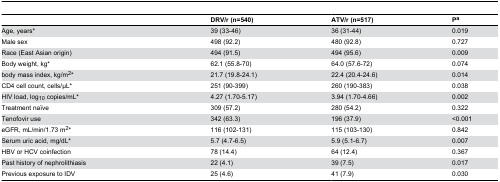
<table><thead><tr><td></td><td><b>DRV/r (n=540)</b></td><td><b>ATV/r (n=517)</b></td><td><b>P<sup>a</sup></b></td></tr></thead><tbody><tr><td>Age, years*</td><td>39 (33-46)</td><td>36 (31-44)</td><td>0.019</td></tr><tr><td>Male sex</td><td>498 (92.2)</td><td>480 (92.8)</td><td>0.727</td></tr><tr><td>Race (East Asian origin)</td><td>494 (91.5)</td><td>494 (95.6)</td><td>0.009</td></tr><tr><td>Body weight, kg*</td><td>62.1 (55.8-70)</td><td>64.0 (57.6-72)</td><td>0.074</td></tr><tr><td>body mass index, kg/m<sup>2</sup>*</td><td>21.7 (19.8-24.1)</td><td>22.4 (20.4-24.6)</td><td>0.014</td></tr><tr><td>CD4 cell count, cells/μL*</td><td>251 (90-399)</td><td>260 (190-383)</td><td>0.038</td></tr><tr><td>HIV load, log<sub>10</sub> copies/mL*</td><td>4.27 (1.70-5.17)</td><td>3.94 (1.70-4.66)</td><td>0.002</td></tr><tr><td>Treatment naïve</td><td>309 (57.2)</td><td>280 (54.2)</td><td>0.322</td></tr><tr><td>Tenofovir use</td><td>342 (63.3)</td><td>196 (37.9)</td><td>&lt;0.001</td></tr><tr><td>eGFR, mL/min/1.73 m<sup>2</sup>*</td><td>116 (102-131)</td><td>115 (103-130)</td><td>0.842</td></tr><tr><td>Serum uric acid, mg/dL*</td><td>5.7 (4.7-6.5)</td><td>5.9 (5.1-6.7)</td><td>0.007</td></tr><tr><td>HBV or HCV coinfection</td><td>78 (14.4)</td><td>64 (12.4)</td><td>0.367</td></tr><tr><td>Past history of nephrolithiasis</td><td>22 (4.1)</td><td>39 (7.5)</td><td>0.017</td></tr><tr><td>Previous exposure to IDV</td><td>25 (4.6)</td><td>41 (7.9)</td><td>0.030</td></tr></tbody></table>